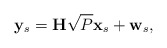
\begin{align*}\mathbf{y}_{s} = \mathbf{H}\sqrt{P}\mathbf{x}_s + \mathbf{w}_s,\end{align*}